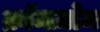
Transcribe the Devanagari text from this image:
क्रॉमज़ोम